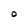
Character: o